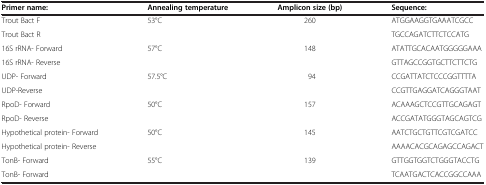
<table><thead><tr><td><b>Primer name:</b></td><td><b>Annealing temperature</b></td><td><b>Amplicon size (bp)</b></td><td><b>Sequence:</b></td></tr></thead><tbody><tr><td>Trout Bact F</td><td>53°C</td><td>260</td><td>ATGGAAGGTGAAATCGCC</td></tr><tr><td>Trout Bact R</td><td></td><td></td><td>TGCCAGATCTTCTCCATG</td></tr><tr><td>16S rRNA- Forward</td><td>57°C</td><td>148</td><td>ATATTGCACAATGGGGGAAA</td></tr><tr><td>16S rRNA- Reverse</td><td></td><td></td><td>GTTAGCCGGTGCTTCTTCTG</td></tr><tr><td>UDP- Forward</td><td>57.5°C</td><td>94</td><td>CCGATTATCTCCCGGTTTTA</td></tr><tr><td>UDP-Reverse</td><td></td><td></td><td>CCGTTGAGGATCAGGGTAAT</td></tr><tr><td>RpoD- Forward</td><td>50°C</td><td>157</td><td>ACAAAGCTCCGTTGCAGAGT</td></tr><tr><td>RpoD- Reverse</td><td></td><td></td><td>ACCGATATGGGTAGCAGTCG</td></tr><tr><td>Hypothetical protein- Forward</td><td>50°C</td><td>145</td><td>AATCTGCTGTTCGTCGATCC</td></tr><tr><td>Hypothetical protein- Reverse</td><td></td><td></td><td>AAAACACGCAGAGCCAGACT</td></tr><tr><td>TonB- Forward</td><td>55°C</td><td>139</td><td>GTTGGTGGTCTGGGTACCTG</td></tr><tr><td>TonB- Forward</td><td></td><td></td><td>TCAATGACTCACCGGCCAAA</td></tr></tbody></table>